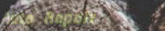
Auto Repair